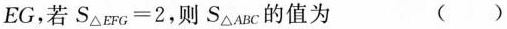
EG，若S△_{EFG}=2，则S△_{ABC}的值为 ()